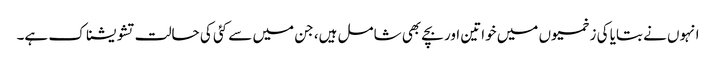
انہوں نے بتایا کی زخمیوں میں خواتین اور بچے بھی شامل ہیں، جن میں سے کئی کی حالت تشویشناک ہے۔